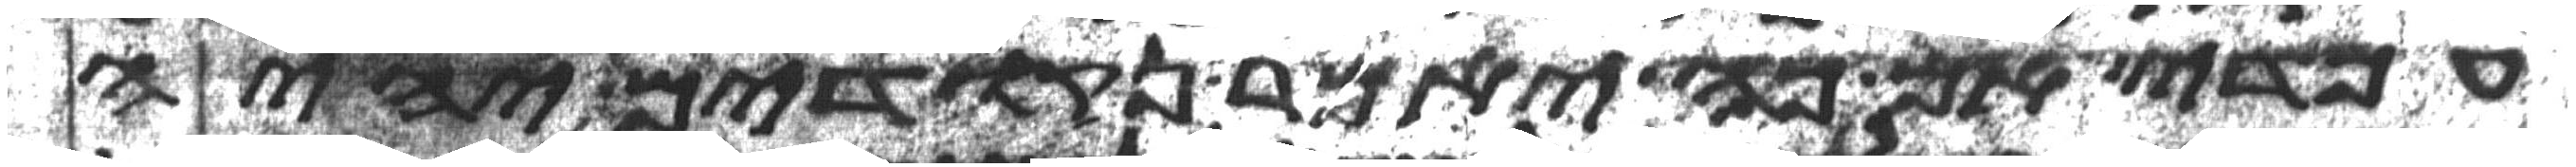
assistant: עמדי אם כה יאמר נקודים יהיה